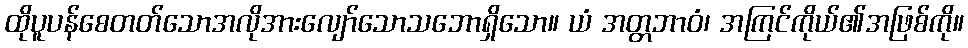
ထိုပူပန်စေတတ်သောအလိုအားလျော်သောသဘောရှိသော။ ယံ အတ္တဘာဝံ၊ အကြင်ကိုယ်၏အဖြစ်ကို။